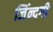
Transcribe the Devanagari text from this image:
जिंन्दगी